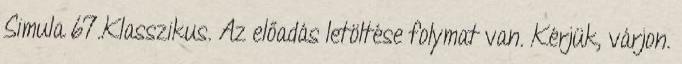
Simula 67.Klasszikus. Az előadás letöltése folymat van. Kérjük, várjon.